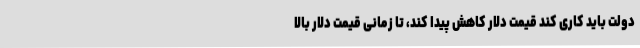
دولت باید کاری کند قیمت دلار کاهش پیدا کند، تا زمانی قیمت دلار بالا